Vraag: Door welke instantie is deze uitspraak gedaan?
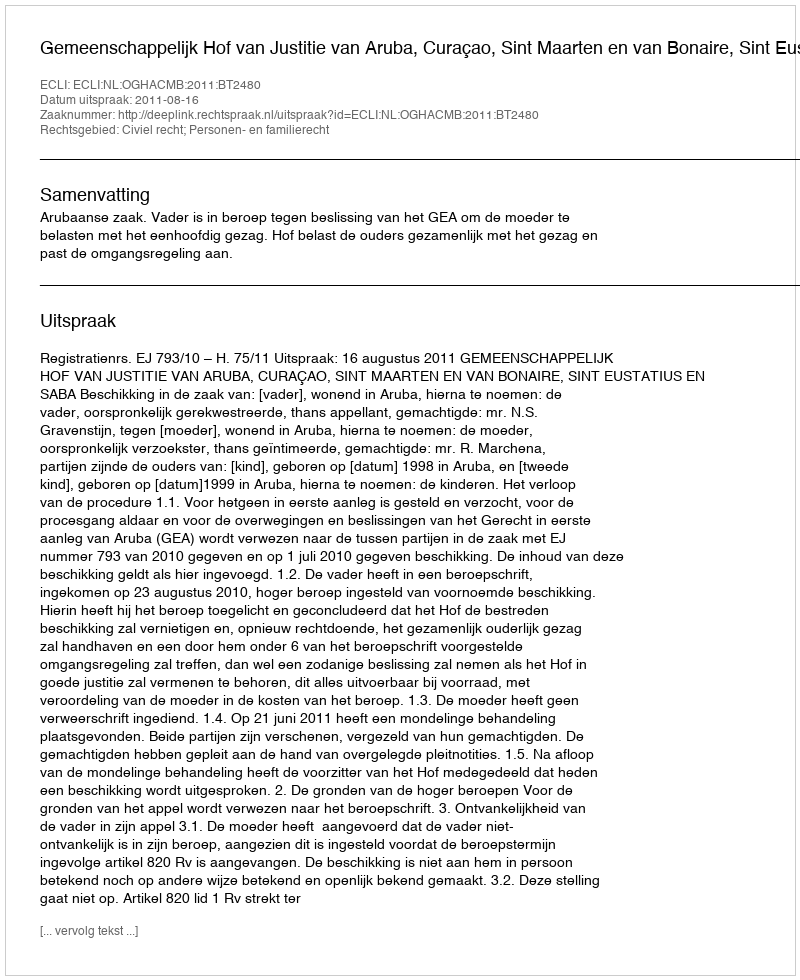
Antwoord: Gemeenschappelijk Hof van Justitie van Aruba, Curaçao, Sint Maarten en van Bonaire, Sint Eustatius en Saba